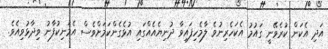
އަދި އެކަން ކުރެވޭނީ ގައުމު އެކަހެރިނުވެ ލާމެހިފައިވާ ދުނިޔެއެއްގައި އުޅެގެންކަމަށްވެސް އެމަނިކުފާނު ވިދާޅުވިއެވެ.